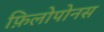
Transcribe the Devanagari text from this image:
फ़िलोपोनस